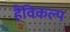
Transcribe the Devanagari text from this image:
हैंविकल्प